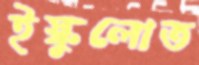
ইস্কুলোত